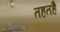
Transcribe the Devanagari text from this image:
तहतहै